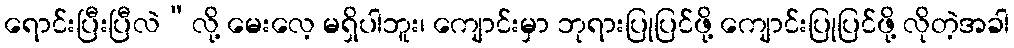
ရောင်းပြီးပြီလဲ”လို့ မေးလေ့ မရှိပါဘူး၊ ကျောင်းမှာ ဘုရားပြုပြင်ဖို့ ကျောင်းပြုပြင်ဖို့ လိုတဲ့အခါ